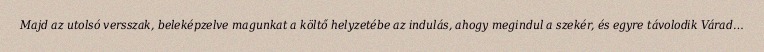
Majd az utolsó versszak, beleképzelve magunkat a költő helyzetébe az indulás, ahogy megindul a szekér, és egyre távolodik Várad…